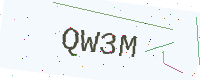
Text: QW3M